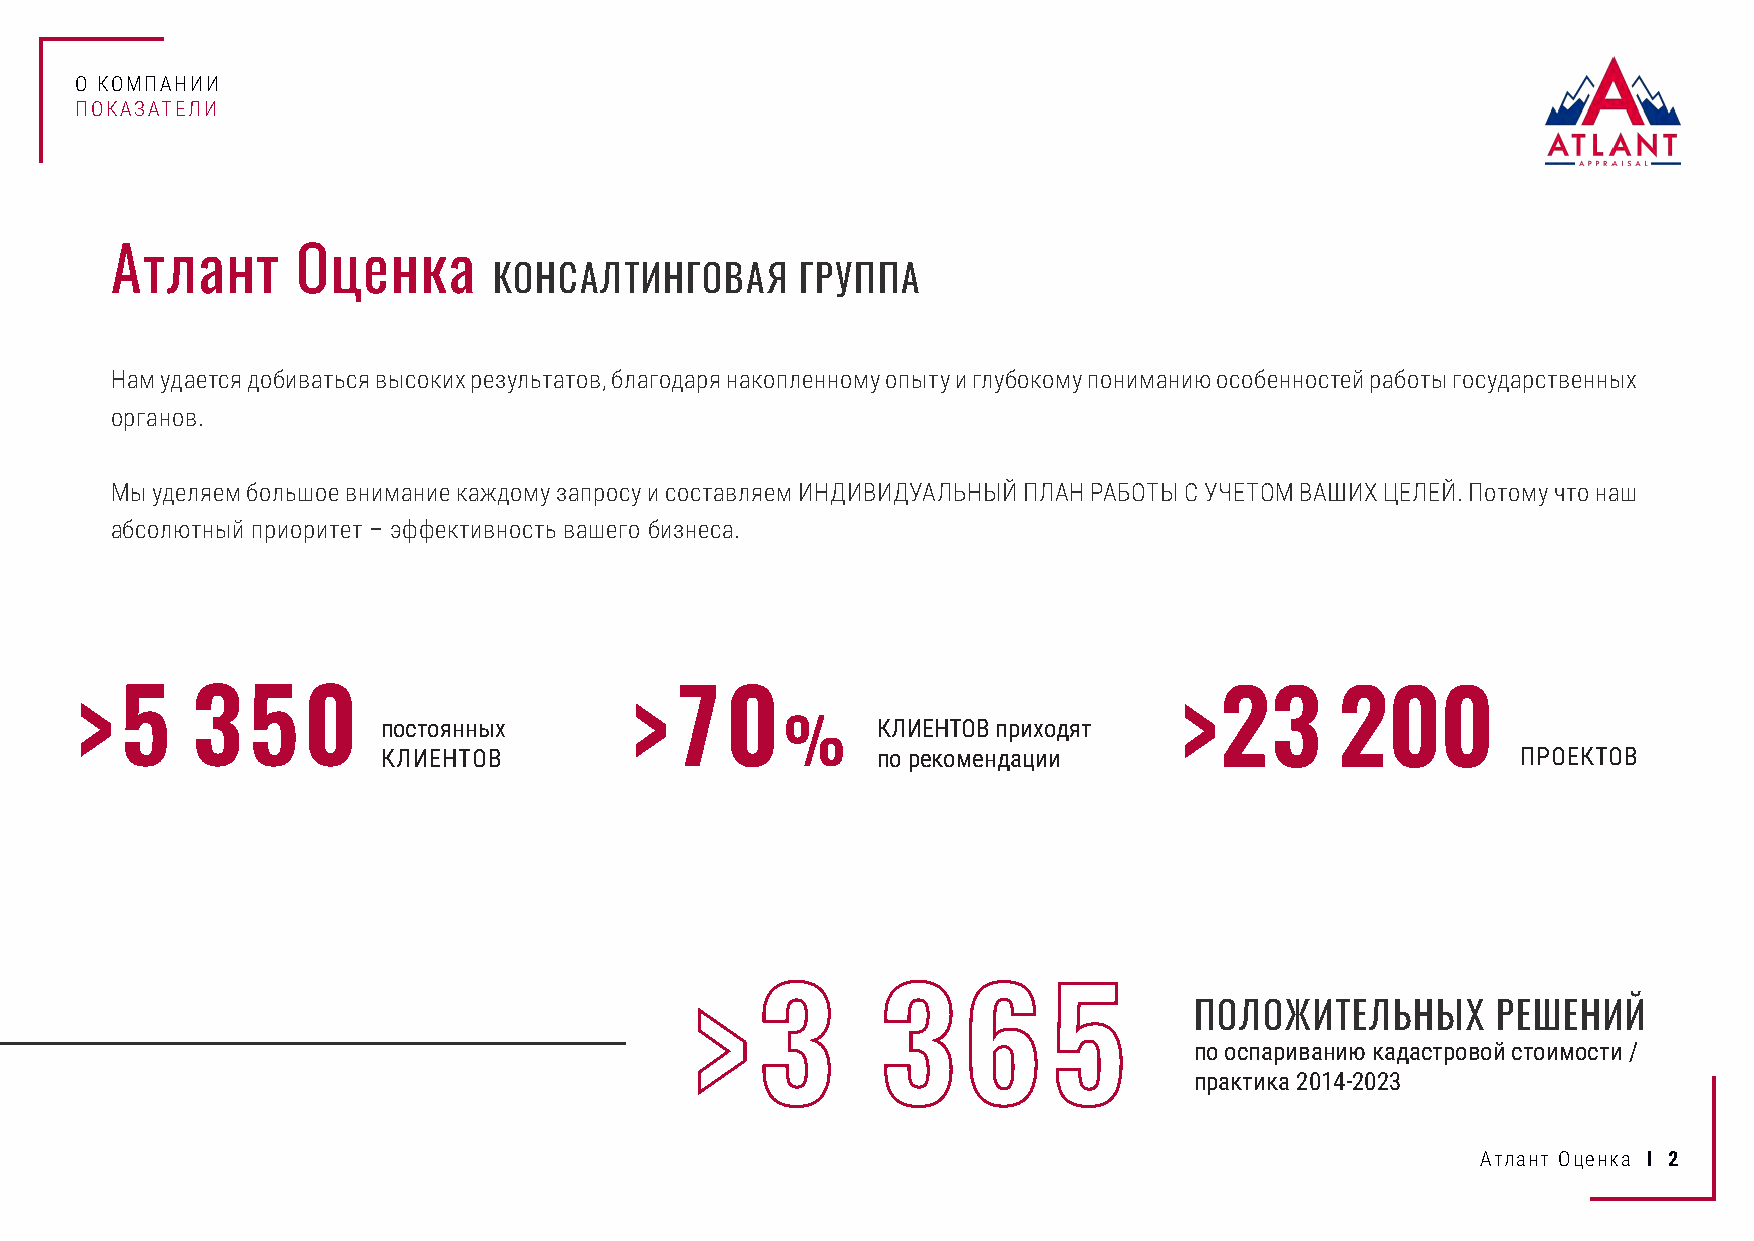
О КОМПАНИИ
 ПОКАЗАТЕЛИ
 Атлант       Оценка
 КОНСАЛТИНГОВАЯ      ГРУППА
 Нам удается добиваться высоких результатов, благодаря накопленному опыту и глубокому пониманию особенностей работы государственных
 органов.
 Мы уделяем большое внимание каждому запросу и составляем ИНДИВИДУАЛЬНЫЙ ПЛАН РАБОТЫ С УЧЕТОМ ВАШИХ ЦЕЛЕЙ. Потому что наш
 абсолютный приоритет – эффективность вашего бизнеса.
 >5      350                          >70                                 >23        200
 постоянных
 %
 КЛИЕНТОВ приходят
 КЛИЕНТОВ                         по рекомендации                            ПРОЕКТОВ
 >   3       3     6    5         ПОЛОЖИТЕЛЬНЫХ       РЕШЕНИЙ
 по оспариванию кадастровой стоимости /
 практика 2014-2023
 Атлант Оценка I 2